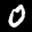
Label: 0